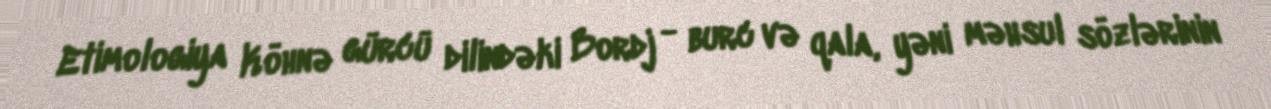
Etimologiya Köhnə gürcü dilindəki Bordj - burc və qala, yəni məhsul sözlərinin